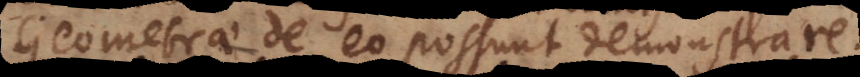
Geometrae de eo possunt demonstrare.